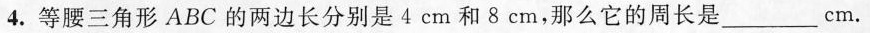
4.等腰三角形ABC的两边长分别是4cm和8cm，那么它的周长是\underlinecm.